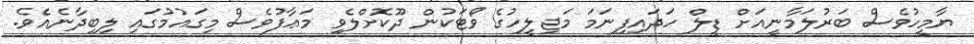
ޔާމީހުވެސް ބަރުލަމާނީއަށް ޑީލް ހަދައިފިނަމަ މަޖިލީހުގެ ވޯޓަކުން ދޫކޮށްލެވި މަޢާފުވެސް މިގައުމުގައި ލިބިދާނެއެވެ.